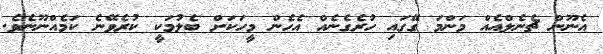
އެނޫން ޗެނެލްއެއް މަންމަ ގޭގައި ހުރެގެނެއް އެހެން މީހަކަށް ބެލުމަކީ ކުރެވޭނެ ކަމެއްނޫނެވެ.